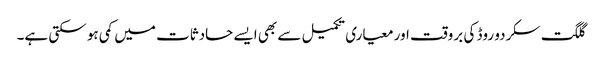
گلگت سکردو روڈ کی بروقت اور معیاری تکمیل سے بھی ایسے حادثات میں کمی ہو سکتی ہے۔